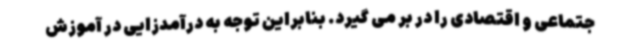
جتماعی و اقتصادی را در بر می گیرد. بنابراین توجه به درآمدزایی در آموزش